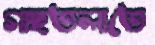
গাছতলাতে